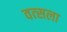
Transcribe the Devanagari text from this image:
वत्‍सला